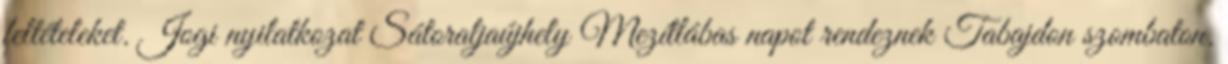
feltételeket. Jogi nyilatkozat Sátoraljaújhely Mezítlábas napot rendeznek Tabajdon szombaton.